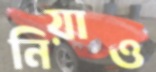
নিয়াও